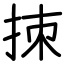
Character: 拺